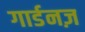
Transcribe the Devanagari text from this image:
गार्डनज़